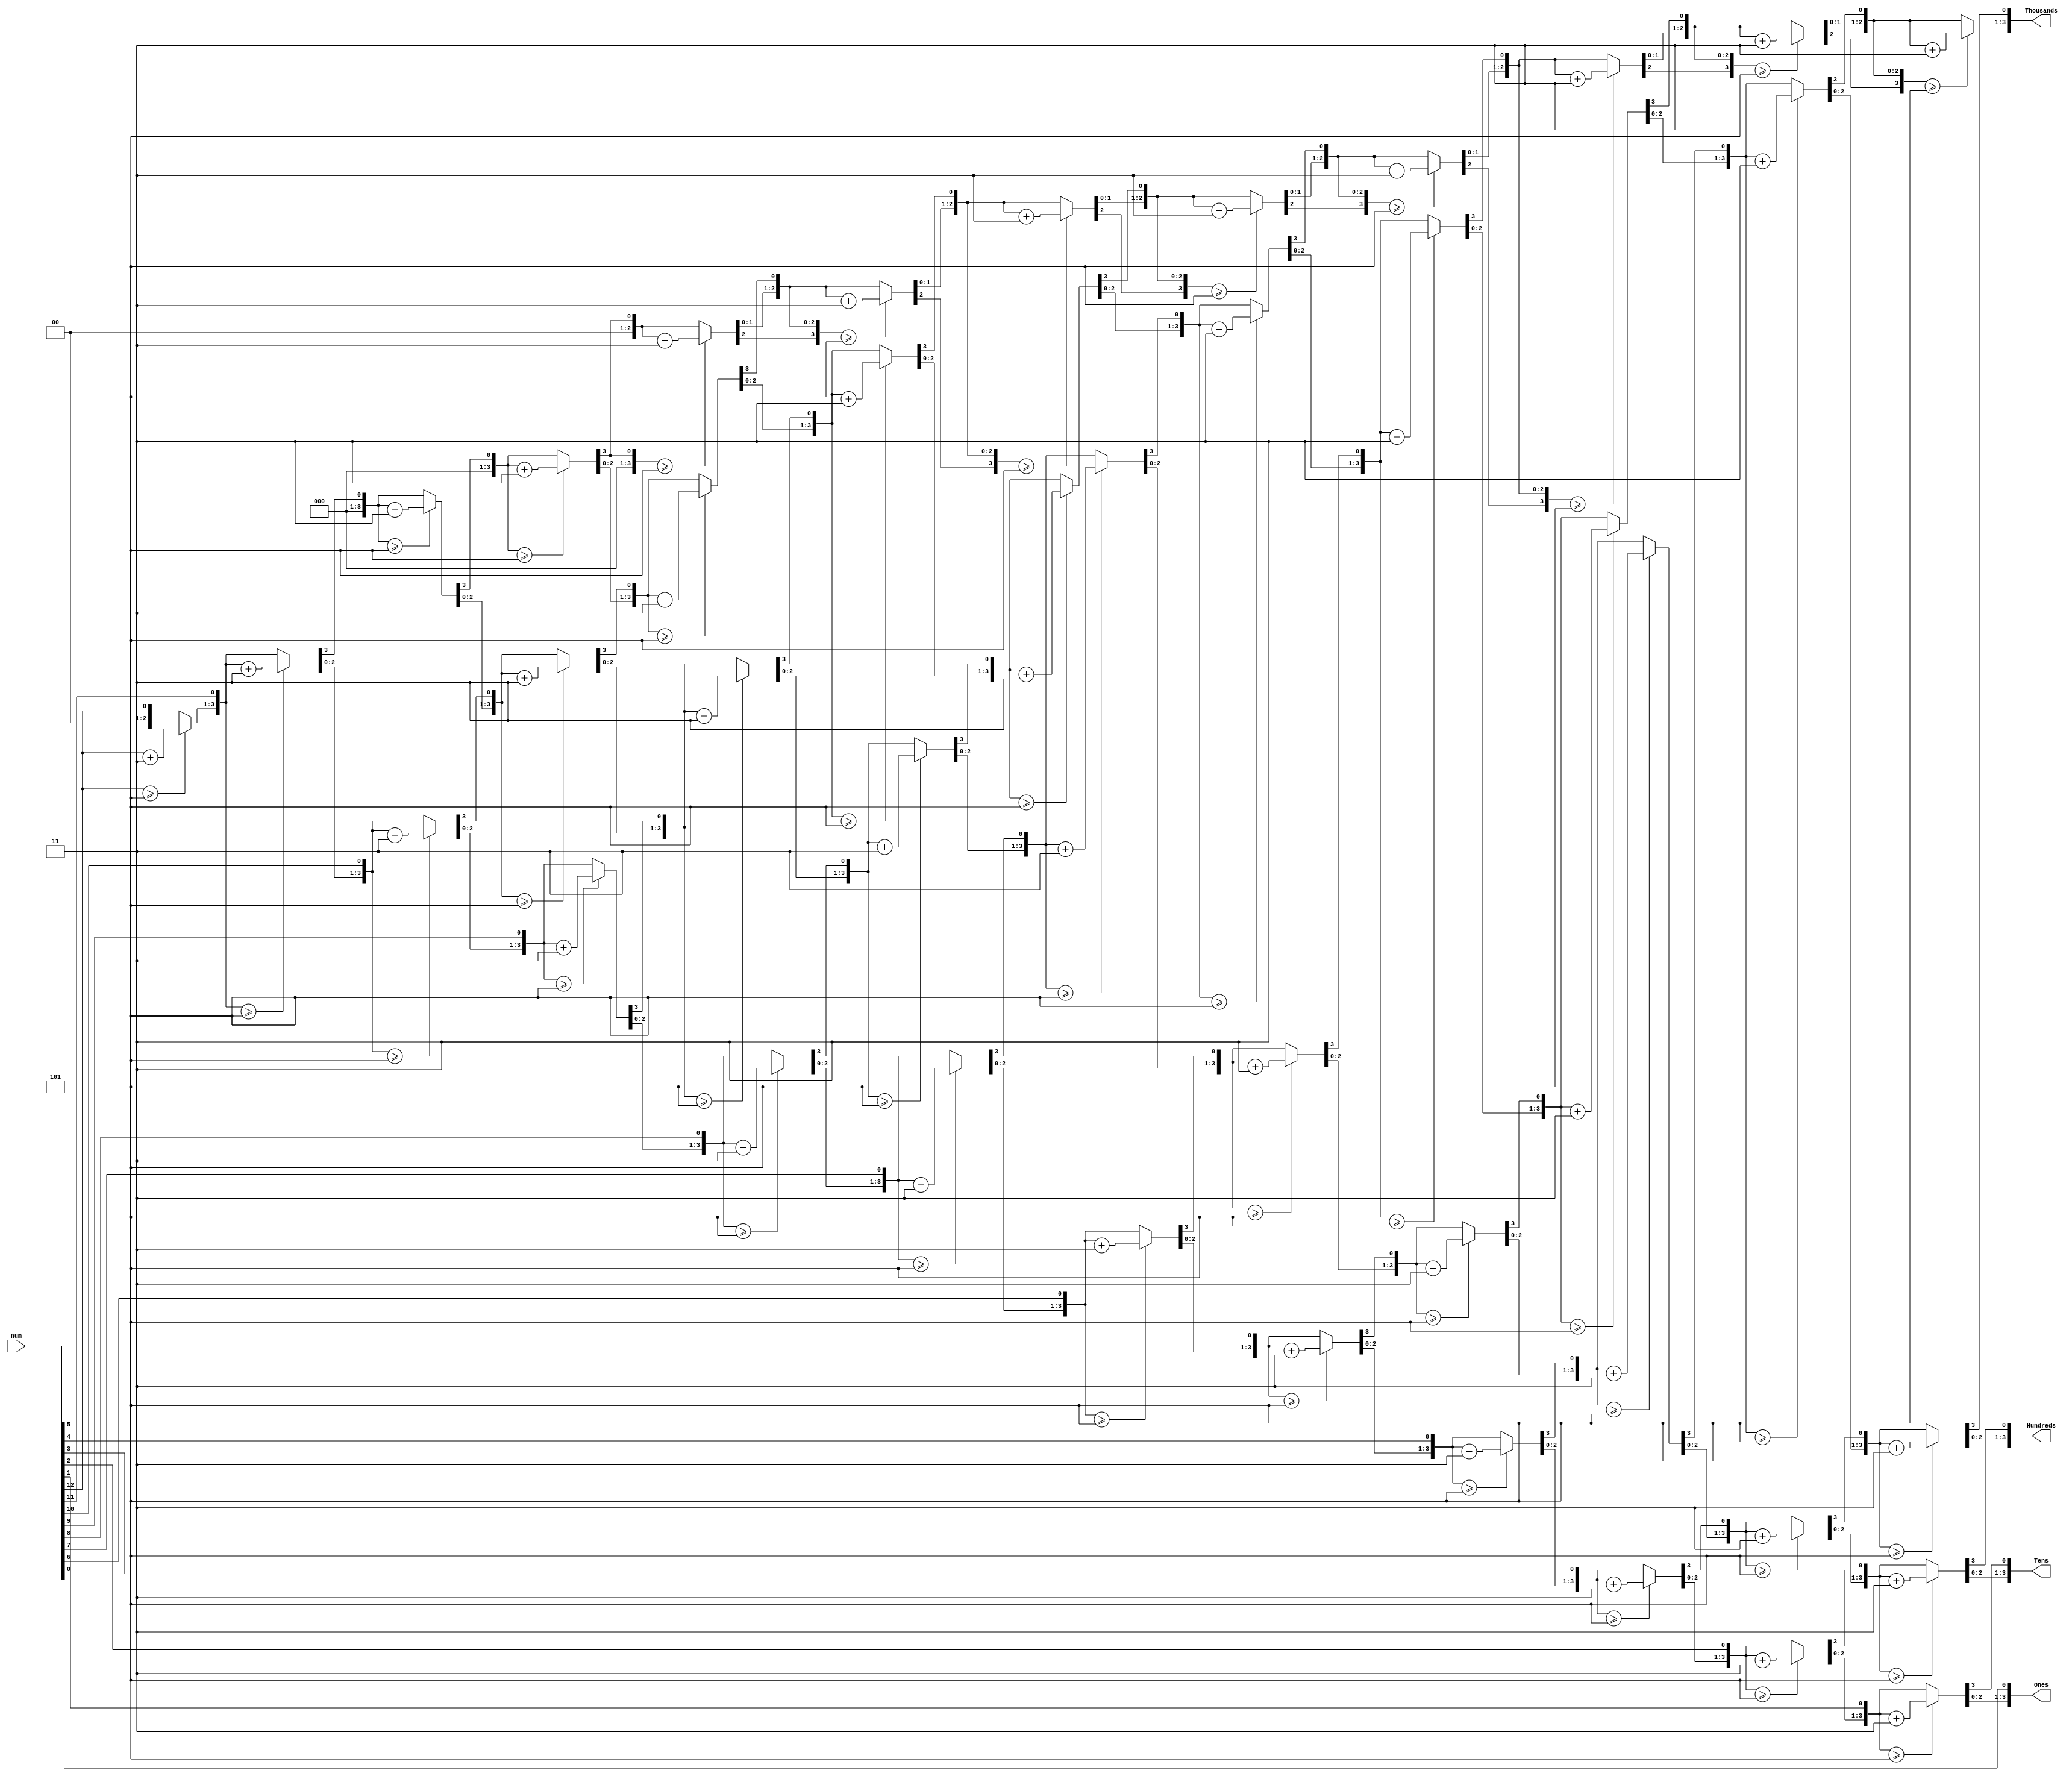
`timescale 1ns / 1ps


module BCD (
input [12:0] num,
output reg [3:0] Thousands,
output reg [3:0] Hundreds,
output reg [3:0] Tens,
output reg [3:0] Ones
);

integer i;
always @(num)
begin
//initialization
Thousands = 4'd0;
Hundreds = 4'd0;
Tens = 4'd0;
Ones = 4'd0;
for (i = 12; i >= 0 ; i = i-1 )
begin
if(Thousands >= 5)
Thousands = Thousands + 3;
if(Hundreds >= 5 )
Hundreds = Hundreds + 3;
if (Tens >= 5 )
Tens = Tens + 3;
if (Ones >= 5)
Ones = Ones +3;
//shift left one
Thousands = Thousands << 1;
Thousands[0] = Hundreds[3];
Hundreds = Hundreds << 1;
Hundreds [0] = Tens [3];
Tens = Tens << 1;
Tens [0] = Ones[3];
Ones = Ones << 1;
Ones[0] = num[i];
end
end
endmodule